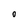
Character: 0